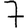
Digit: 7